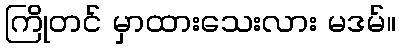
ကြိုတင် မှာထားသေးလား မဒမ်။